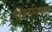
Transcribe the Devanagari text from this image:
पॉवरलिफ्टर